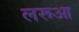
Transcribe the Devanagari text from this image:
लरूआ